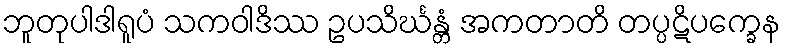
ဘူတုပါဒါရူပံ သကဝါဒိဿ ဥပသိင်္ဃန္တံ အကတာတိ တပ္ပဋိပက္ခေန